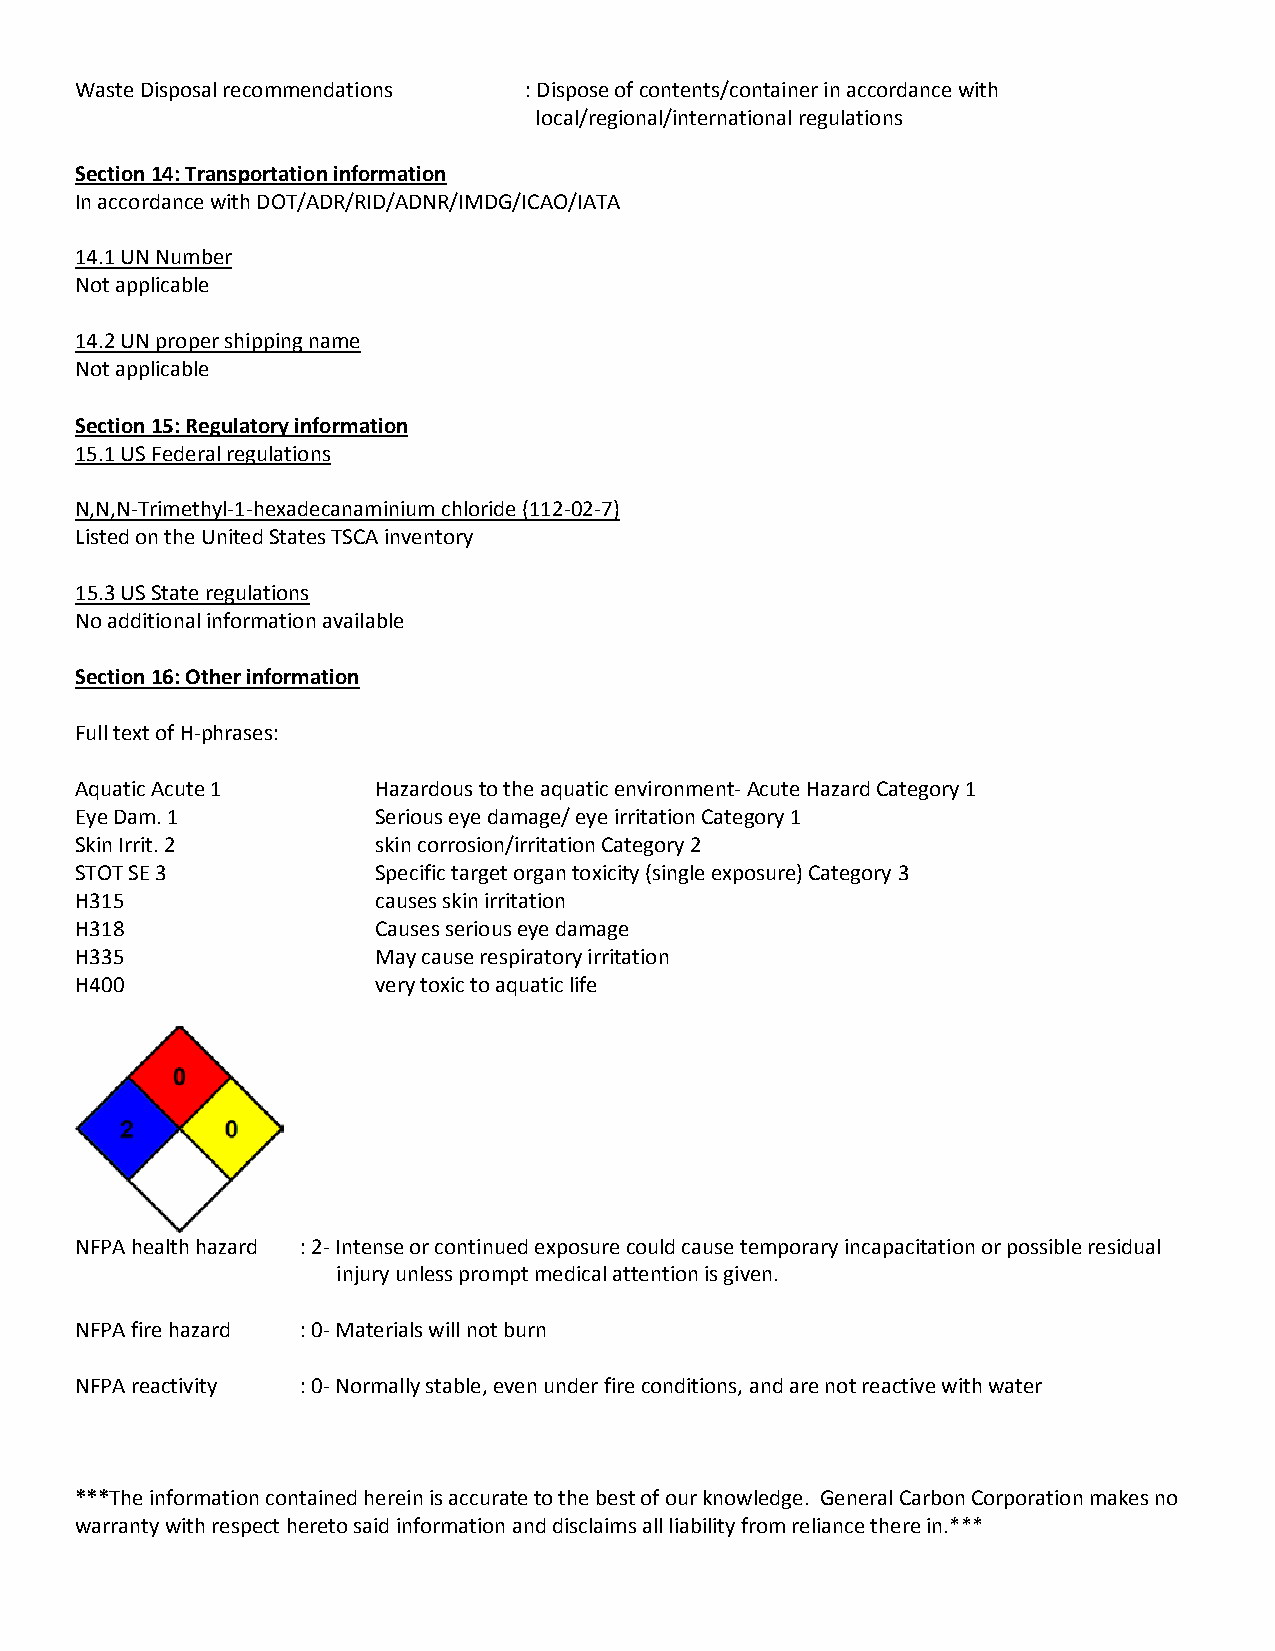
Waste Disposal recommendations : Dispose of contents/container in accordance with
 local/regional/international regulations
 Section 14: Transportation information
 In accordance with DOT/ADR/RID/ADNR/IMDG/ICAO/IATA
 14.1 UN Number
 Not applicable
 14.2 UN proper shipping name
 Not applicable
 Section 15: Regulatory information
 15.1 US Federal regulations
 N,N,N-Trimethyl-1-hexadecanaminium chloride (112-02-7)
 Listed on the United States TSCA inventory
 15.3 US State regulations
 No additional information available
 Section 16: Other information
 Full text of H-phrases:
 Aquatic Acute 1     Hazardous to the aquatic environment- Acute Hazard Category 1
 Eye Dam. 1          Serious eye damage/ eye irritation Category 1
 Skin Irrit. 2       skin corrosion/irritation Category 2
 STOT SE 3           Specific target organ toxicity (single exposure) Category 3
 H315                causes skin irritation
 H318                Causes serious eye damage
 H335                May cause respiratory irritation
 H400                very toxic to aquatic life
 NFPA health hazard : 2- Intense or continued exposure could cause temporary incapacitation or possible residual
 injury unless prompt medical attention is given.
 NFPA fire hazard : 0- Materials will not burn
 NFPA reactivity : 0- Normally stable, even under fire conditions, and are not reactive with water
 ***The information contained herein is accurate to the best of our knowledge. General Carbon Corporation makes no
 warranty with respect hereto said information and disclaims all liability from reliance there in.***